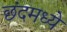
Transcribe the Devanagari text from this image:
छंदमध्ये